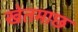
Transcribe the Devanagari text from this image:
खेतमाछ